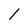
Character: 1